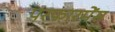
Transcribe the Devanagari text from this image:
परफारमेंस